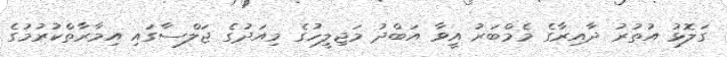
ގަލޮޅު އުތުރު ދާއިރާގެ މެމްބަރު އީވާ އަބްދު މަޖިލީހުގެ މިއަދުގެ ޖަލްސާގައި އިމާރާތްކުރުމުގެ